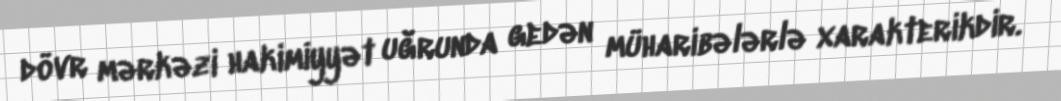
dövr mərkəzi hakimiyyət uğrunda gedən müharibələrlə xarakterikdir.